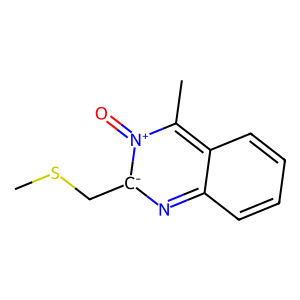
SMILES: CSC[c-]1nc2ccccc2c(C)[n+]1=O
Inhibits HIV replication: No